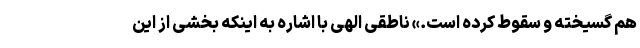
هم گسیخته و سقوط کرده است.» ناطقی الهی با اشاره به اینکه بخشی از این